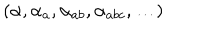
LaTeX: ( \alpha , \alpha _ { a } , \alpha _ { a b } , \alpha _ { a b c } , \ldots )